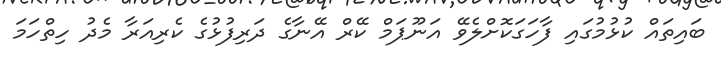
ބައިތައް ކުޅުމުގައި ފާހަގަކޮށްލެވޭ އަނޫޕަމް ކޭރް އޭނާގެ ދަރިފުޅުގެ ކެރިއަރާ މެދު ހިތްހަމަ